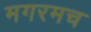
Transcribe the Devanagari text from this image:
मगरमच